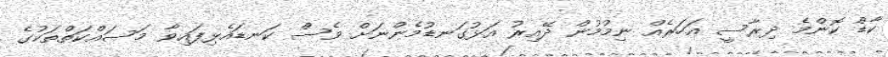
ކާޑް ކޮންމެ ދިރާސީ އަހަރެއް ނިމުމުން ދޭއިރު އަޅުގަނޑުމެންނަށް ވެސް ކަނޑައެޅިފައިވާ މަސައްކަތްތަކުގެ